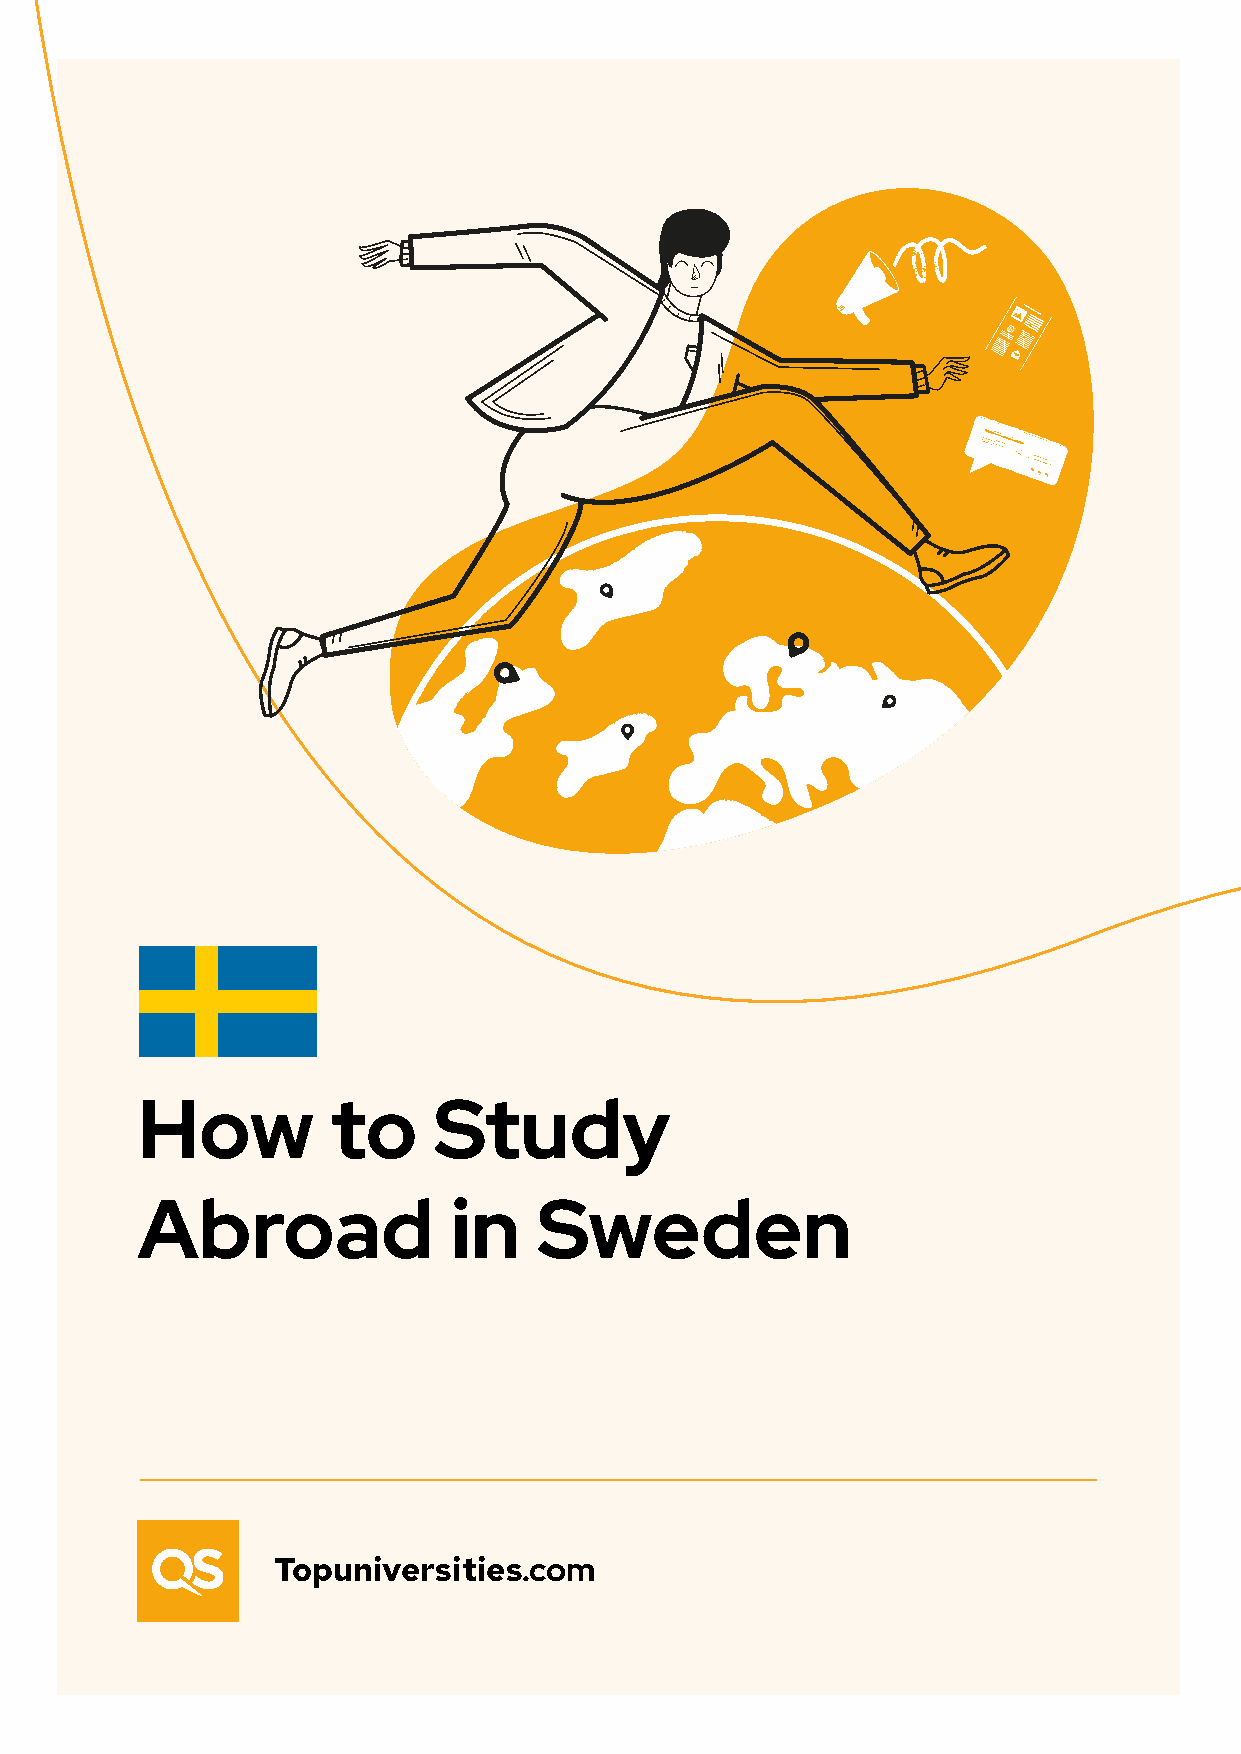
How          to     Study
 Abroad               in    Sweden
 Topuniversities.com